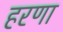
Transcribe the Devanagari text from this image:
हरणा